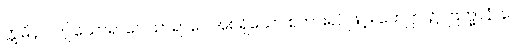
ဣမိနာ၊ ဤယောရာဂေါသာရာဂေါအစရှိသော စကားရပ်ဖြင့်။ ဟေဋ္ဌာ၊ ၌။ ဗြဟ္မာနံ၊ ပေ။